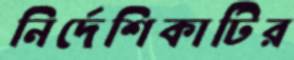
নির্দেশিকাটির